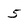
Character: 5